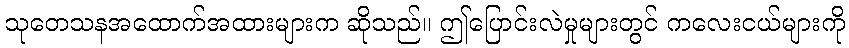
သုတေသနအထောက်အထားများက ဆိုသည်။ ဤပြောင်းလဲမှုများတွင် ကလေးငယ်များကို